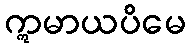
ဣမာယပိမေ